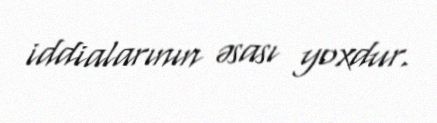
iddialarının əsası yoxdur.